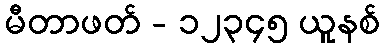
မီတာဖတ် - ၁၂၃၄၅ ယူနစ်